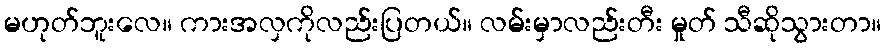
မဟုတ်ဘူးလေ။ ကားအလှကိုလည်းပြတယ်။ လမ်းမှာလည်းတီး မှုတ် သီဆိုသွားတာ။